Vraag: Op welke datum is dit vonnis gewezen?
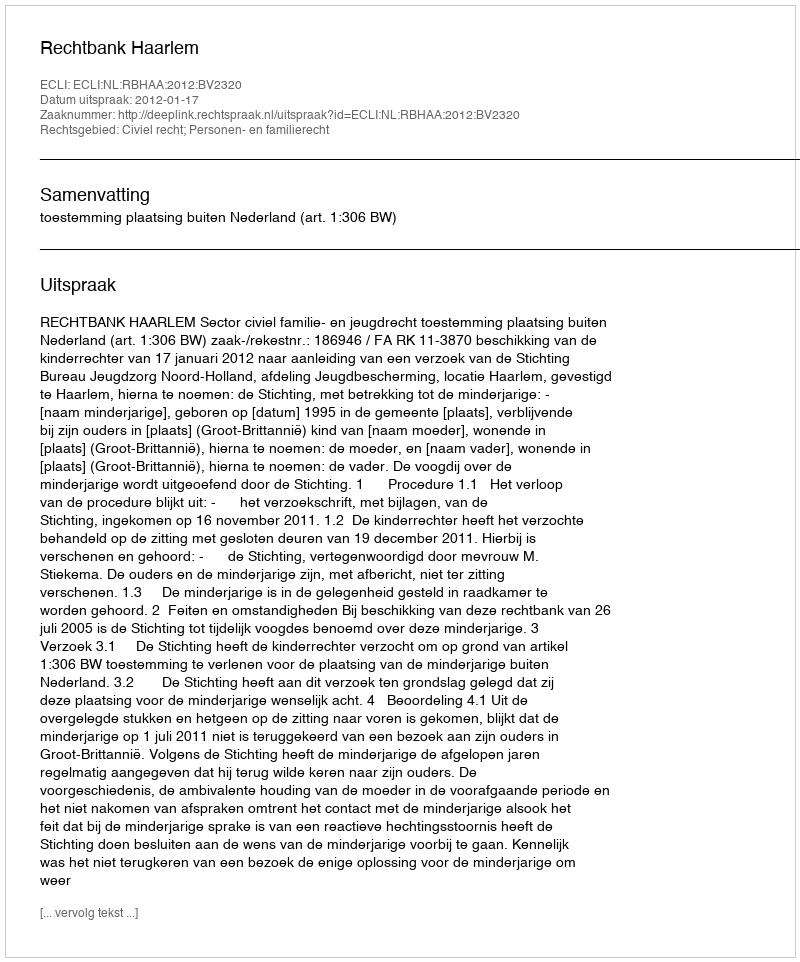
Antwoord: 2012-01-17